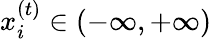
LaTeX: x_{i}^{(t)}\in\left(-\infty,+\infty\right)